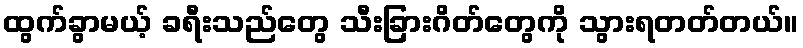
ထွက်ခွာမယ့် ခရီးသည်တွေ သီးခြားဂိတ်တွေကို သွားရတတ်တယ်။